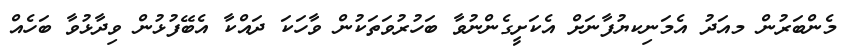
މެންބަރުން މއަދު އެމަނިކޔުފާނަށް އެކަށީގެންނުވާ ބަހުރުވަތަކުން ވާހަކަ ދައްކާ އެބޭފުޅުން ވިދާޅުވާ ބަހެއް